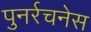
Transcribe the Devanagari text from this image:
पुनर्रचनेस